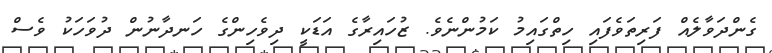
ގެންދަވާލެއް ފަރިތަވެފައި ހިތްގައިމު ކަމުންނެވެ. ޒުހައިރާގެ އަޑަކީ ދިވެހިންގެ ހަނދާނުން ދުވަހަކު ވެސް